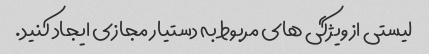
لیستی از ویژگی های مربوط به دستیار مجازی ایجاد کنید.